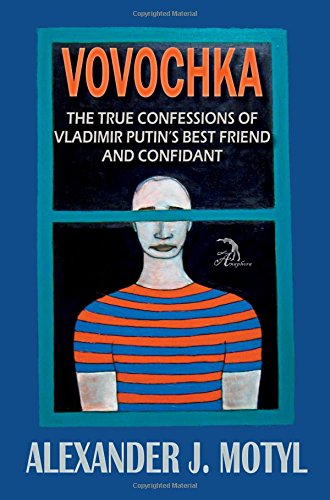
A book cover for Vovochka: The True Confessions of Vladimir Putin's Best Friend and Confidant; Alexander J. Motyl; Literature & Fiction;